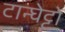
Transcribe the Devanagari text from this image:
टान्घेट्टो